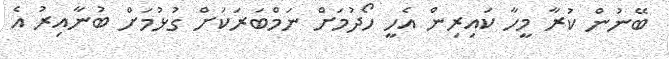
ބޭނުން ކުރާ މީހާ ކައިރިން އެހީ ހޯދުމަށް ނަމްބަރަކަށް ގުޅުމަށް ބުނާއިރު އެ